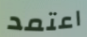
اعتمد